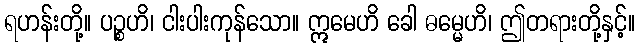
ရဟန်းတို့။ ပဉ္စဟိ၊ ငါးပါးကုန်သော။ ဣမေဟိ ခေါ ဓမ္မေဟိ၊ ဤတရားတို့နှင့်။